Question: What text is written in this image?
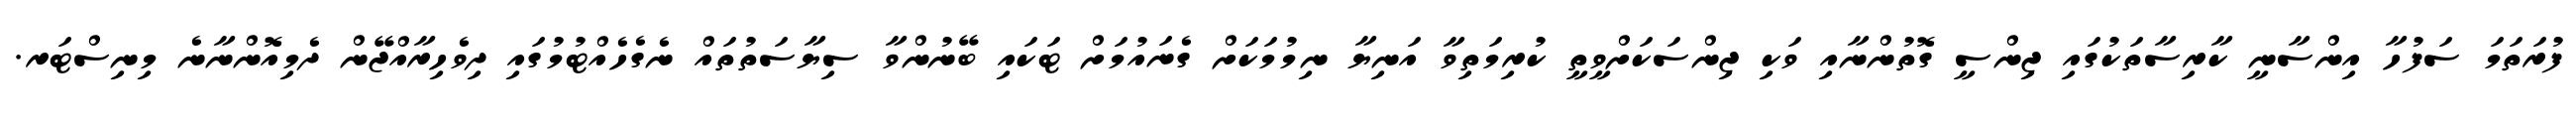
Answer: ފުރަތަމަ ސަފުހާ އިންސާނީ ކާރިސާތަކުގައި ޖިންސީ ގޮތުންނާއި ވަކި ޖިންސަކަށްވީތީ ކުރިމަތިވާ އަނިޔާ ނިމުމަކަށް ގެނައުމަށް ޓަކައި ބޭނުންވާ ސިޔާސަތުތައް ނެގެހެއްޓުމުގައި ދިވެހިރާއްޖޭން ދެމިއޮންނާނެ މިނިސްޓަރ.